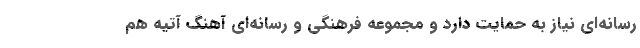
رسانه‌ای نیاز به حمایت دارد و مجموعه فرهنگی و رسانه‌ای آهنگ آتیه هم